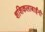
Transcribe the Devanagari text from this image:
शशिकलाबाईंनी